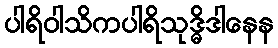
ပါရိဝါသိကပါရိသုဒ္ဓိဒါနေန